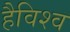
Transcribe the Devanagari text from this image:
हैविश्व